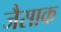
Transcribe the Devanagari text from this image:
जैसाक